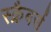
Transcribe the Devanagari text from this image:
स्क्रैबर्स